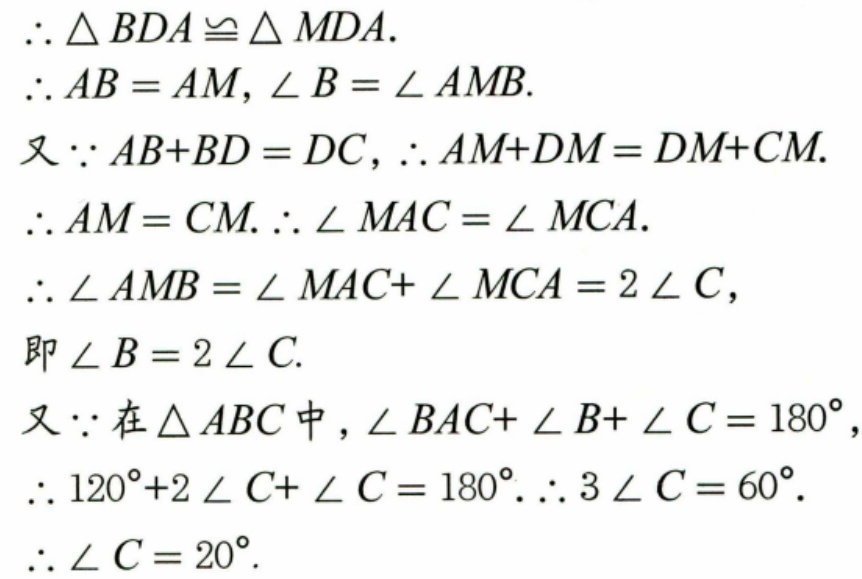
\(\therefore \triangle BDA\cong\triangle MDA.\)
\(\therefore AB = AM,\angle B=\angle AMB.\)
又\(\because AB + BD = DC,\therefore AM + DM = DM+CM.\)
\(\therefore AM = CM.\therefore \angle MAC=\angle MCA.\)
\(\therefore \angle AMB=\angle MAC+\angle MCA = 2\angle C,\)
即\(\angle B = 2\angle C.\)
又\(\because\)在\(\triangle ABC\)中，\(\angle BAC+\angle B+\angle C = 180^{\circ},\)
\(\therefore 120^{\circ}+2\angle C+\angle C = 180^{\circ}.\therefore 3\angle C = 60^{\circ}.\)
\(\therefore \angle C = 20^{\circ}.\)